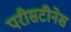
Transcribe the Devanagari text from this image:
परीसटीनेस